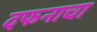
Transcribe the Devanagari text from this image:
दफनाचा